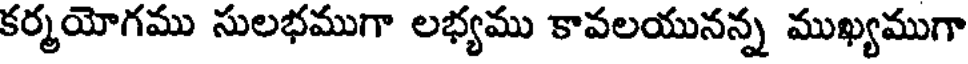
కర్మయోగము సులభముగా లభ్యము కావలయునన్న ముఖ్యముగా